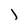
Character: j